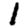
Digit: 1